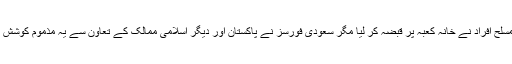
جس میں ایرانی مسلح افراد نے خانہ کعبہ پر قبضہ کر لیا مگر سعودی فورسز نے پاکستان اور دیگر اسلامی ممالک کے تعاون سے یہ مذموم کوشش بھی ناکام بنا دی۔